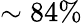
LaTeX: \sim 84\%